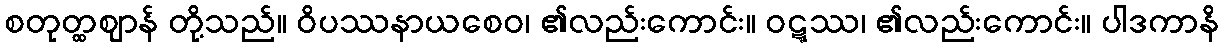
စတုတ္ထဈာန် တို့သည်။ ဝိပဿနာယစေဝ၊ ၏လည်းကောင်း။ ဝဋ္ဋဿ၊ ၏လည်းကောင်း။ ပါဒကာနိ